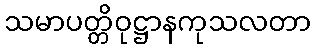
သမာပတ္တိဝုဋ္ဌာနကုသလတာ